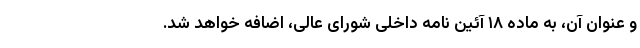
و عنوان آن، به ماده ۱۸ آئین نامه داخلی شورای عالی، اضافه خواهد شد.